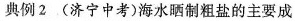
典例2（济宁中考）海水晒制粗盐的主要成